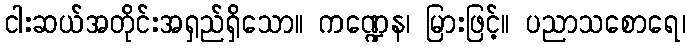
ငါးဆယ်အတိုင်းအရှည်ရှိသော။ ကဏ္ဍေန၊ မြားဖြင့်။ ပညာသစောရေ၊